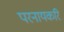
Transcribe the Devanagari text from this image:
परनायकरि